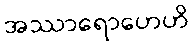
အဿာရောဟေဟိ